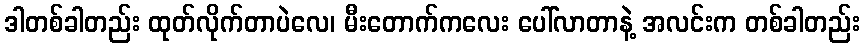
ဒါတစ်ခါတည်း ထုတ်လိုက်တာပဲလေ၊ မီးတောက်ကလေး ပေါ်လာတာနဲ့ အလင်းက တစ်ခါတည်း